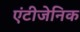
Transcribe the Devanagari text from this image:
एंटीजेनिक